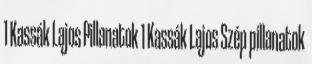
1 Kassák Lajos Pillanatok 1 Kassák Lajos Szép pillanatok